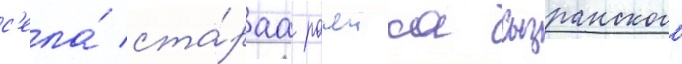
с'ела́ ста́раа рачеика сызранского